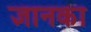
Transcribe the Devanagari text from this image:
ज्ञानका